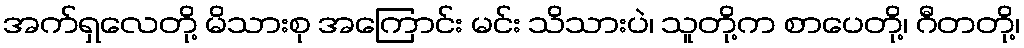
အက်ရှလေတို့ မိသားစု အကြောင်း မင်း သိသားပဲ၊ သူတို့က စာပေတို့၊ ဂီတတို့၊